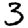
Digit: 3